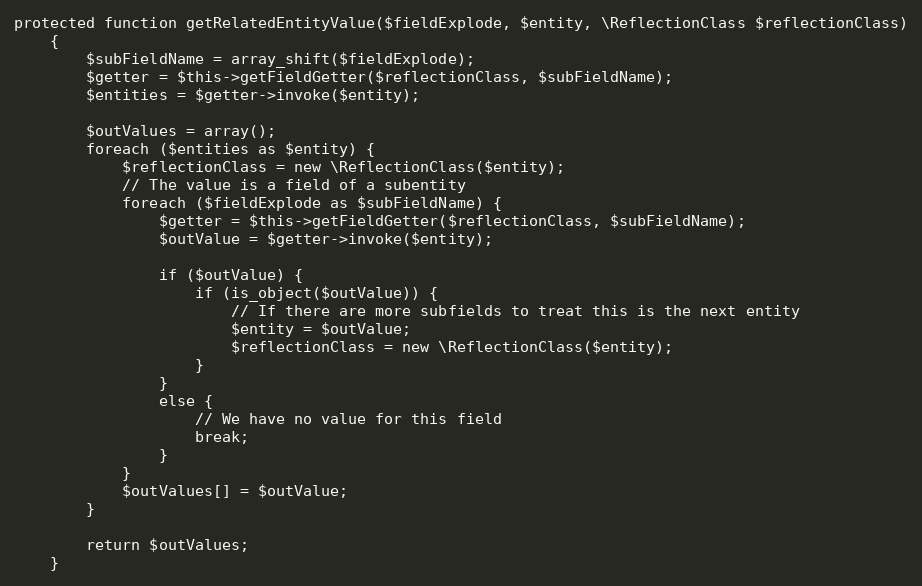
Language: PHP
protected function getRelatedEntityValue($fieldExplode, $entity, \ReflectionClass $reflectionClass)
    {
        $subFieldName = array_shift($fieldExplode);
        $getter = $this->getFieldGetter($reflectionClass, $subFieldName);
        $entities = $getter->invoke($entity);

        $outValues = array();
        foreach ($entities as $entity) {
            $reflectionClass = new \ReflectionClass($entity);
            // The value is a field of a subentity
            foreach ($fieldExplode as $subFieldName) {
                $getter = $this->getFieldGetter($reflectionClass, $subFieldName);
                $outValue = $getter->invoke($entity);

                if ($outValue) {
                    if (is_object($outValue)) {
                        // If there are more subfields to treat this is the next entity
                        $entity = $outValue;
                        $reflectionClass = new \ReflectionClass($entity);
                    }
                }
                else {
                    // We have no value for this field
                    break;
                }
            }
            $outValues[] = $outValue;
        }

        return $outValues;
    }